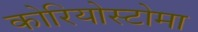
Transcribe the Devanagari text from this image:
कोरियोस्टोमा